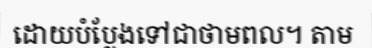
ដោយបំប្លែងទៅជាថាមពល។ តាម